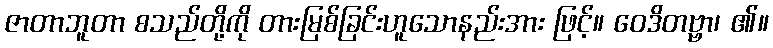
ဇာတာဘူတာ စသည်တို့ကို တားမြစ်ခြင်းဟူသောနည်းအား ဖြင့်။ ဝေဒိတဗ္ဗာ၊ ၏။